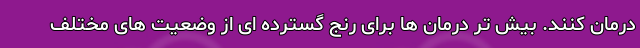
درمان کنند. بیش تر درمان ها برای رنج گسترده ای از وضعیت های مختلف